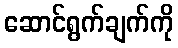
ဆောင်ရွက်ချက်ကို